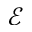
\mathcal E